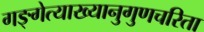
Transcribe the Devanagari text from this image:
गङ्गेत्याख्यानुगुणचरिता